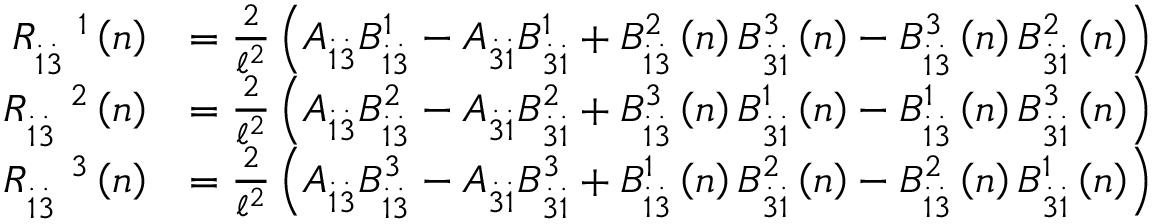
\begin{array} { r l } { R _ { \overset { . } { 1 } \overset { . } { 3 } } ^ { \quad 1 } \left( n \right) } & { = \frac { 2 } { \mathcal { \ell } ^ { 2 } } \left( A _ { \overset { . } { 1 } \overset { . } { 3 } } B _ { \overset { . } { 1 } \overset { . } { 3 } } ^ { 1 } - A _ { \overset { . } { 3 } \overset { . } { 1 } } B _ { \overset { . } { 3 } \overset { . } { 1 } } ^ { 1 } + B _ { \overset { . } { 1 } \overset { . } { 3 } } ^ { 2 } \left( n \right) B _ { \overset { . } { 3 } \overset { . } { 1 } } ^ { 3 } \left( n \right) - B _ { \overset { . } { 1 } \overset { . } { 3 } } ^ { 3 } \left( n \right) B _ { \overset { . } { 3 } \overset { . } { 1 } } ^ { 2 } \left( n \right) \right) } \\ { R _ { \overset { . } { 1 } \overset { . } { 3 } } ^ { \quad 2 } \left( n \right) } & { = \frac { 2 } { \mathcal { \ell } ^ { 2 } } \left( A _ { \overset { . } { 1 } \overset { . } { 3 } } B _ { \overset { . } { 1 } \overset { . } { 3 } } ^ { 2 } - A _ { \overset { . } { 3 } \overset { . } { 1 } } B _ { \overset { . } { 3 } \overset { . } { 1 } } ^ { 2 } + B _ { \overset { . } { 1 } \overset { . } { 3 } } ^ { 3 } \left( n \right) B _ { \overset { . } { 3 } \overset { . } { 1 } } ^ { 1 } \left( n \right) - B _ { \overset { . } { 1 } \overset { . } { 3 } } ^ { 1 } \left( n \right) B _ { \overset { . } { 3 } \overset { . } { 1 } } ^ { 3 } \left( n \right) \right) } \\ { R _ { \overset { . } { 1 } \overset { . } { 3 } } ^ { \quad 3 } \left( n \right) } & { = \frac { 2 } { \mathcal { \ell } ^ { 2 } } \left( A _ { \overset { . } { 1 } \overset { . } { 3 } } B _ { \overset { . } { 1 } \overset { . } { 3 } } ^ { 3 } - A _ { \overset { . } { 3 } \overset { . } { 1 } } B _ { \overset { . } { 3 } \overset { . } { 1 } } ^ { 3 } + B _ { \overset { . } { 1 } \overset { . } { 3 } } ^ { 1 } \left( n \right) B _ { \overset { . } { 3 } \overset { . } { 1 } } ^ { 2 } \left( n \right) - B _ { \overset { . } { 1 } \overset { . } { 3 } } ^ { 2 } \left( n \right) B _ { \overset { . } { 3 } \overset { . } { 1 } } ^ { 1 } \left( n \right) \right) } \end{array}